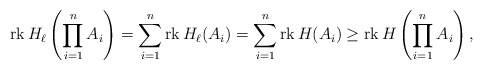
\begin{align*}\operatorname{rk} H_\ell \left(\prod_{i=1}^n A_i \right) = \sum_{i=1}^n \operatorname{rk} H_\ell(A_i) = \sum_{i=1}^n \operatorname{rk} H(A_i) \geq \operatorname{rk} H\left( \prod_{i=1}^n A_i \right),\end{align*}